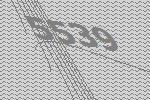
5539